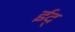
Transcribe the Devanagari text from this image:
ईद्